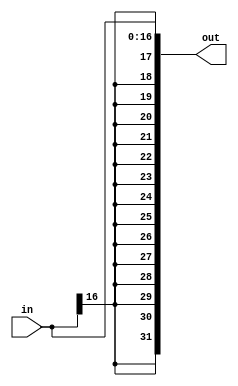
module sign_extend_17(out, in);
    input [16:0] in;
    output [31:0] out;

    genvar i;
    generate
        for (i = 17; i < 32; i = i + 1)
        begin
            assign out[i] = in[16];
        end
    endgenerate

    assign out[16:0] = in;

endmodule